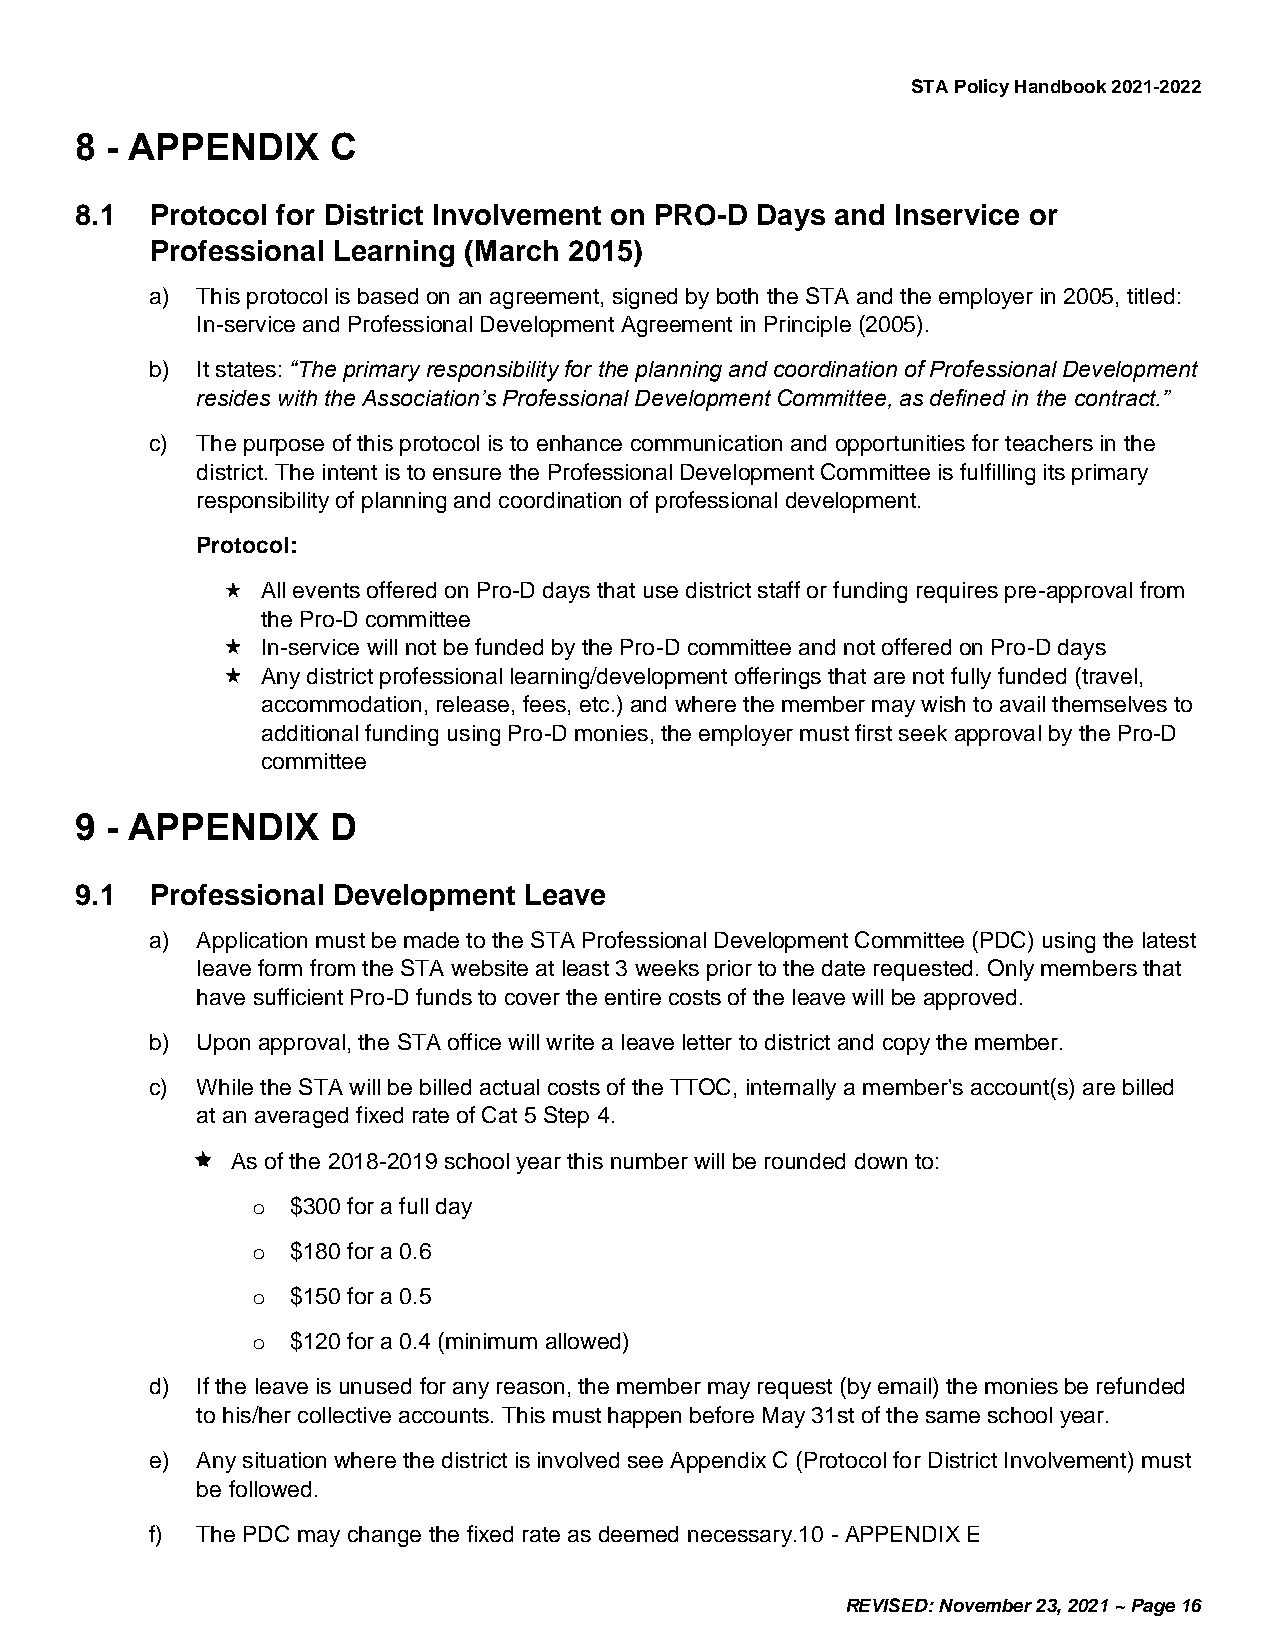
STA Policy Handbook 2021-2022
 8 - APPENDIX     C
 8.1  Protocol for District Involvement on PRO-D Days and Inservice or
 Professional Learning (March 2015)
 a) This protocol is based on an agreement, signed by both the STA and the employer in 2005, titled:
 In-service and Professional Development Agreement in Principle (2005).
 b) It states: “The primary responsibility for the planning and coordination of Professional Development
 resides with the Association’s Professional Development Committee, as defined in the contract.”
 c) The purpose of this protocol is to enhance communication and opportunities for teachers in the
 district. The intent is to ensure the Professional Development Committee is fulfilling its primary
 responsibility of planning and coordination of professional development.
 Protocol:
 All events offered on Pro-D days that use district staff or funding requires pre-approval from
 the Pro-D committee
 In-service will not be funded by the Pro-D committee and not offered on Pro-D days
 Any district professional learning/development offerings that are not fully funded (travel,
 accommodation, release, fees, etc.) and where the member may wish to avail themselves to
 additional funding using Pro-D monies, the employer must first seek approval by the Pro-D
 committee
 9 - APPENDIX     D
 9.1  Professional Development Leave
 a) Application must be made to the STA Professional Development Committee (PDC) using the latest
 leave form from the STA website at least 3 weeks prior to the date requested. Only members that
 have sufficient Pro-D funds to cover the entire costs of the leave will be approved.
 b) Upon approval, the STA office will write a leave letter to district and copy the member.
 c) While the STA will be billed actual costs of the TTOC, internally a member's account(s) are billed
 at an averaged fixed rate of Cat 5 Step 4.
 As of the 2018-2019 school year this number will be rounded down to:
 o $300 for a full day
 o $180 for a 0.6
 o $150 for a 0.5
 o $120 for a 0.4 (minimum allowed)
 d) If the leave is unused for any reason, the member may request (by email) the monies be refunded
 to his/her collective accounts. This must happen before May 31st of the same school year.
 e) Any situation where the district is involved see Appendix C (Protocol for District Involvement) must
 be followed.
 f) The PDC may change the fixed rate as deemed necessary.10 - APPENDIX E
 REVISED: November 23, 2021 ~ Page 16